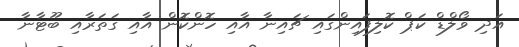
އަދި ވޯލްޑް ކަޕް ކޮލިފައިންގައި ޗައިނާ އާއި ހޮންކޮން އާއި ގަތަރާއި ބޫޓާނާ